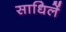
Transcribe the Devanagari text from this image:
साधिलें